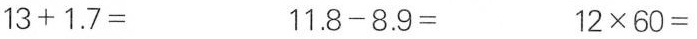
$$1 3 + 1 . 7 =$$ $$1 1 . 8 - 8 . 9 =$$ $$1 2 \times